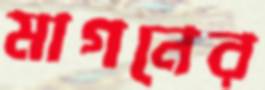
মাগনের